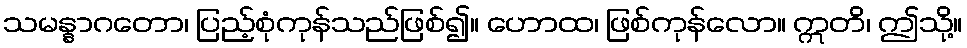
သမန္နာဂတော၊ ပြည့်စုံကုန်သည်ဖြစ်၍။ ဟောထ၊ ဖြစ်ကုန်လော။ ဣတိ၊ ဤသို့။